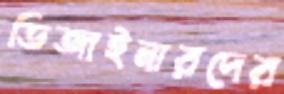
ডিজাইনারদের